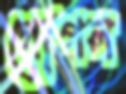
গোপল